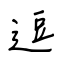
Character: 逗